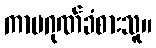
ကာမဂုဏ်ခံစားသူ။